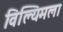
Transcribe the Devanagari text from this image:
विल्यिमला